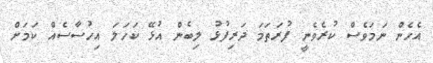
އެހެން ނަމަވެސް ކުރެވެނީ ފުރަތަމަ ދަރިފުޅު ލިބެން އުޅޭ ކަހަލަ އިހުސާސެއް ކަމަށް